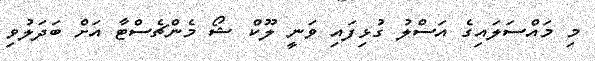
މި މައްސަލައިގެ އަސްލު ގުޅިފައި ވަނީ ލޫކް ޝޯ މެންޗެސްޓާ އަށް ބަދަލުވި